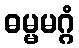
ဓမ္မမဂ္ဂံ